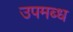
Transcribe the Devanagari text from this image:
उपमब्ध